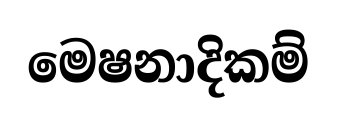
මෙෂනාදිකම්